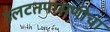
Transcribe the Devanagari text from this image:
उलटतपासणीचा